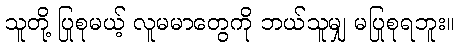
သူတို့ ပြုစုမယ့် လူမမာတွေကို ဘယ်သူမျှ မပြုစုရဘူး။